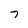
Character: 7